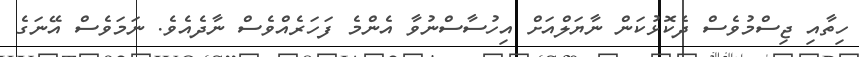
ހިތާއި ޖިސްމުވެސް ދެކޮޅުކަން ނާޔަލްއަށް އިހުސާސްނުވާ އެންމެ ފަހަރެއްވެސް ނާދެއެވެ. ނަމަވެސް އޭނަގެ